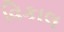
વિકાલ